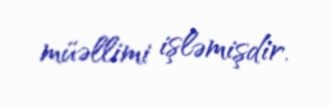
müəllimi işləmişdir.